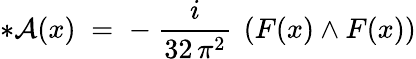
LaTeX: *{\mathcal A}(x)\; =\; -~\frac{i}{32\, \pi^{2}}~\left(F(x)\wedge F(x)\right)